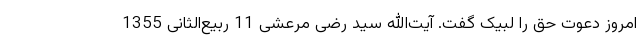
امروز دعوت حق را لبیک گفت. آیت‌الله سید رضی مرعشی 11 ربیع‌الثانی 1355